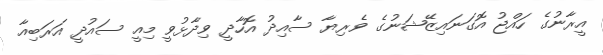
އީރާނުގެ ހައްޖު އޮގަނައިޒޭޝަނުގެ ވެރިޔާ ސާއިދު އޮހާދީ ވިދާޅުވީ މިއީ ސައުދީ އަރަބިއާ